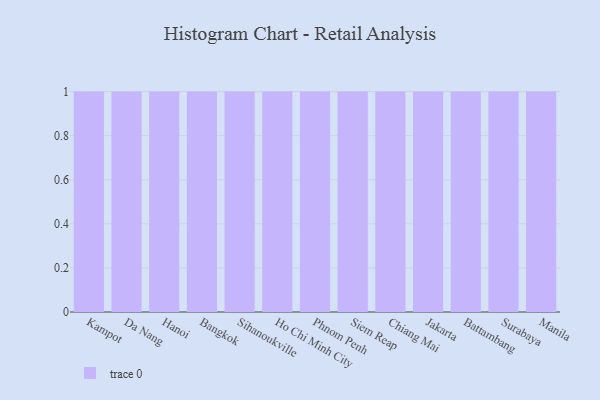
{"axis": {"x": "City", "y": "Net Income (USD K)"}, "legend": [""], "data": [{"x": "Kampot", "y": 46, "type": ""}, {"x": "Da Nang", "y": 82, "type": ""}, {"x": "Hanoi", "y": 74, "type": ""}, {"x": "Bangkok", "y": 55, "type": ""}, {"x": "Sihanoukville", "y": 77, "type": ""}, {"x": "Ho Chi Minh City", "y": 78, "type": ""}, {"x": "Phnom Penh", "y": 80, "type": ""}, {"x": "Siem Reap", "y": 48, "type": ""}, {"x": "Chiang Mai", "y": 29, "type": ""}, {"x": "Jakarta", "y": 31, "type": ""}, {"x": "Battambang", "y": 76, "type": ""}, {"x": "Surabaya", "y": 80, "type": ""}, {"x": "Manila", "y": 5, "type": ""}]}